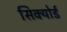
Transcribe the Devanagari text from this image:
सिक्योर्ड